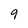
Character: 9